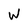
Character: W